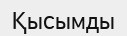
Қысымды